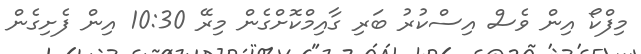
މިފްކޯ އިން ވެސް އިސްކުރު ބަރި ގާއިމްކޮށްގެން މިރޭ 10:30 އިން ފެށިގެން